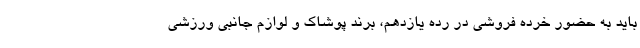
باید به حضور خرده فروشی در رده یازدهم، برند پوشاک و لوازم جانبی ورزشی